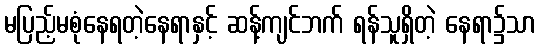
မပြည့်မစုံနေရတဲ့နေရာနှင့် ဆန့်ကျင်ဘက် ရန်သူရှိတဲ့ နေရာ၌သာ